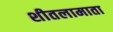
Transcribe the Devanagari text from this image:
शीतलामाता